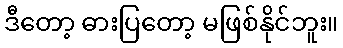
ဒီတော့ ဓားပြတော့ မဖြစ်နိုင်ဘူး။